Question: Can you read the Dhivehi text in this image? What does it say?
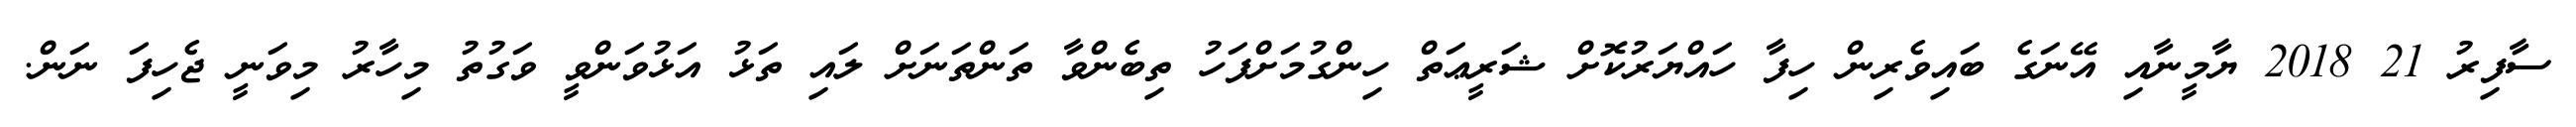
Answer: ސާފިރު 21 2018 ޔާމީނާއި އޭނަގެ ބައިވެރިން ހިފާ ހައްޔަރުކޮށް ޝަރީޢަތް ހިންގުމަށްފަހު ތިބެންވާ ތަންތަނަށް ލައި ތަޅު އަޅުވަންވީ ވަގުތު މިހާރު މިވަނީ ޖެހިފަ ނަން.